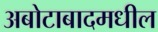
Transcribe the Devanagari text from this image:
अबोटाबादमधील